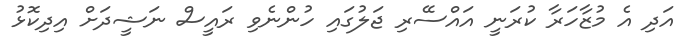
އަދި އެ މުޒާހަރާ ކުރަނީ އައްސޭރި ޖަލުގައި ހުންނެވި ރައީސް ނަޝީދަށް އިދިކޮޅު